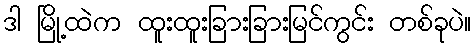
ဒါ မြို့ထဲက ထူးထူးခြားခြားမြင်ကွင်း တစ်ခုပဲ။